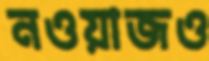
নওয়াজও